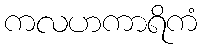
ကလဟကာရိကံ